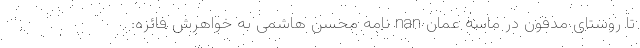
تا روستای مدفون در ماسه عمان nan نامه محسن هاشمی به خواهرش فائزه: